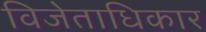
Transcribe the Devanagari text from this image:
विजेताधिकार